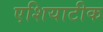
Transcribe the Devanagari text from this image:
एशियाटीक